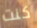
كنت